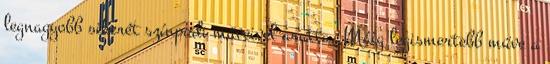
legnagyobb sikerét színpadi műveivel aratta. Máig legismertebb műve a